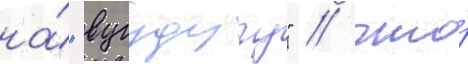
на́ "вугудугу" / что́